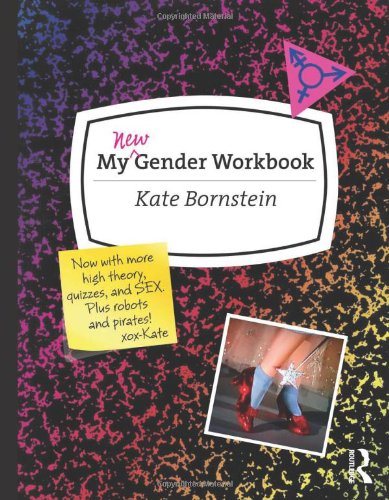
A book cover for My New Gender Workbook: A Step-by-Step Guide to Achieving World Peace Through Gender Anarchy and Sex Positivity; Kate Bornstein; Gay & Lesbian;